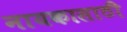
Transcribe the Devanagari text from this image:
नायकासाठी